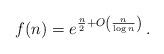
LaTeX: \begin{align*}f(n)=e^{\frac{n}{2}+O\left(\frac{n}{\log n}\right)}\,.\end{align*}